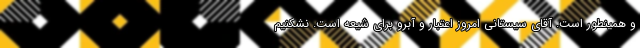
و همینطور است. آقای سیستانی امروز اعتبار و آبرو برای شیعه است. نشکنیم